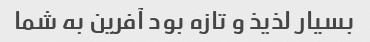
بسیار لذیذ و تازه بود آفرین به شما